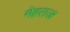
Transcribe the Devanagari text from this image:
मेहराज